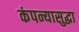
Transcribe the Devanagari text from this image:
कंपन्यासुद्धा